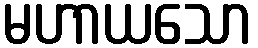
မဟာယသော